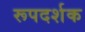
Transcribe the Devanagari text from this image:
रूपदर्शक